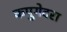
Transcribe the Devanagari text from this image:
कपुगेदरा